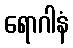
ရောဂါနံ